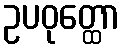
ဥပဝုတ္ထော